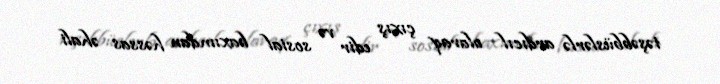
təşəbbüslərlə ardıcıl olaraq çıxış edir və sosial baxımdan həssas əhali